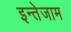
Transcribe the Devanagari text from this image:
इन्तेजाम